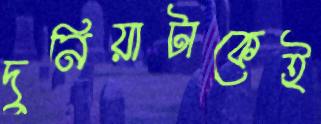
দুনিয়াটাকেই